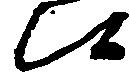
候